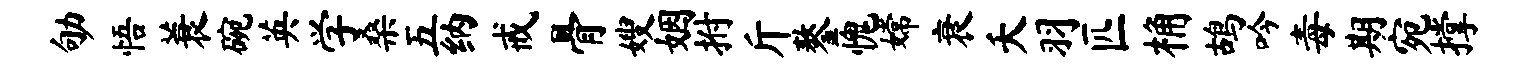
劬悟蓑碗英学桑五纳戒骨嫂姻拊斤鏊愧嫦衰夭羽匹桷鸪吟毒期宛撑